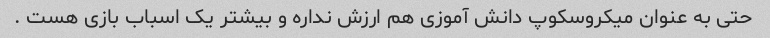
حتی به عنوان میکروسکوپ دانش آموزی هم ارزش نداره و بیشتر یک اسباب بازی هست .